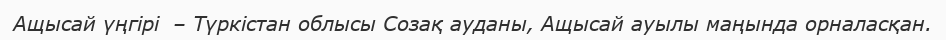
Ащысай үңгірі  – Түркістан облысы Созақ ауданы, Ащысай ауылы маңында орналасқан.